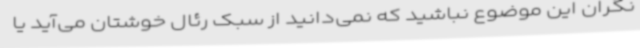
نگران این موضوع نباشید که نمی‌دانید از سبک رئال خوشتان می‌آید یا